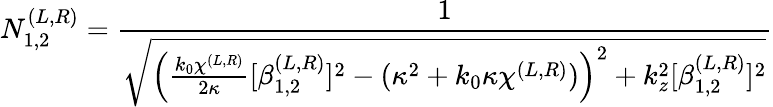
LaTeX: N_{1,2}^{(L,R)}=\frac{1}{\sqrt{\left(\frac{k_{0}\chi^{(L,R)}}{2\kappa}[\beta_{1,2}^{(L,R)}]^{2}-(\kappa^{2}+k_{0}\kappa\chi^{(L,R)})\right)^{2}+k_{z}^{2}[\beta_{1,2}^{(L,R)}]^{2}}}